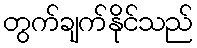
တွက်ချက်နိုင်သည်